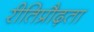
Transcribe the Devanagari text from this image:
रीतिप्रौढ़ता